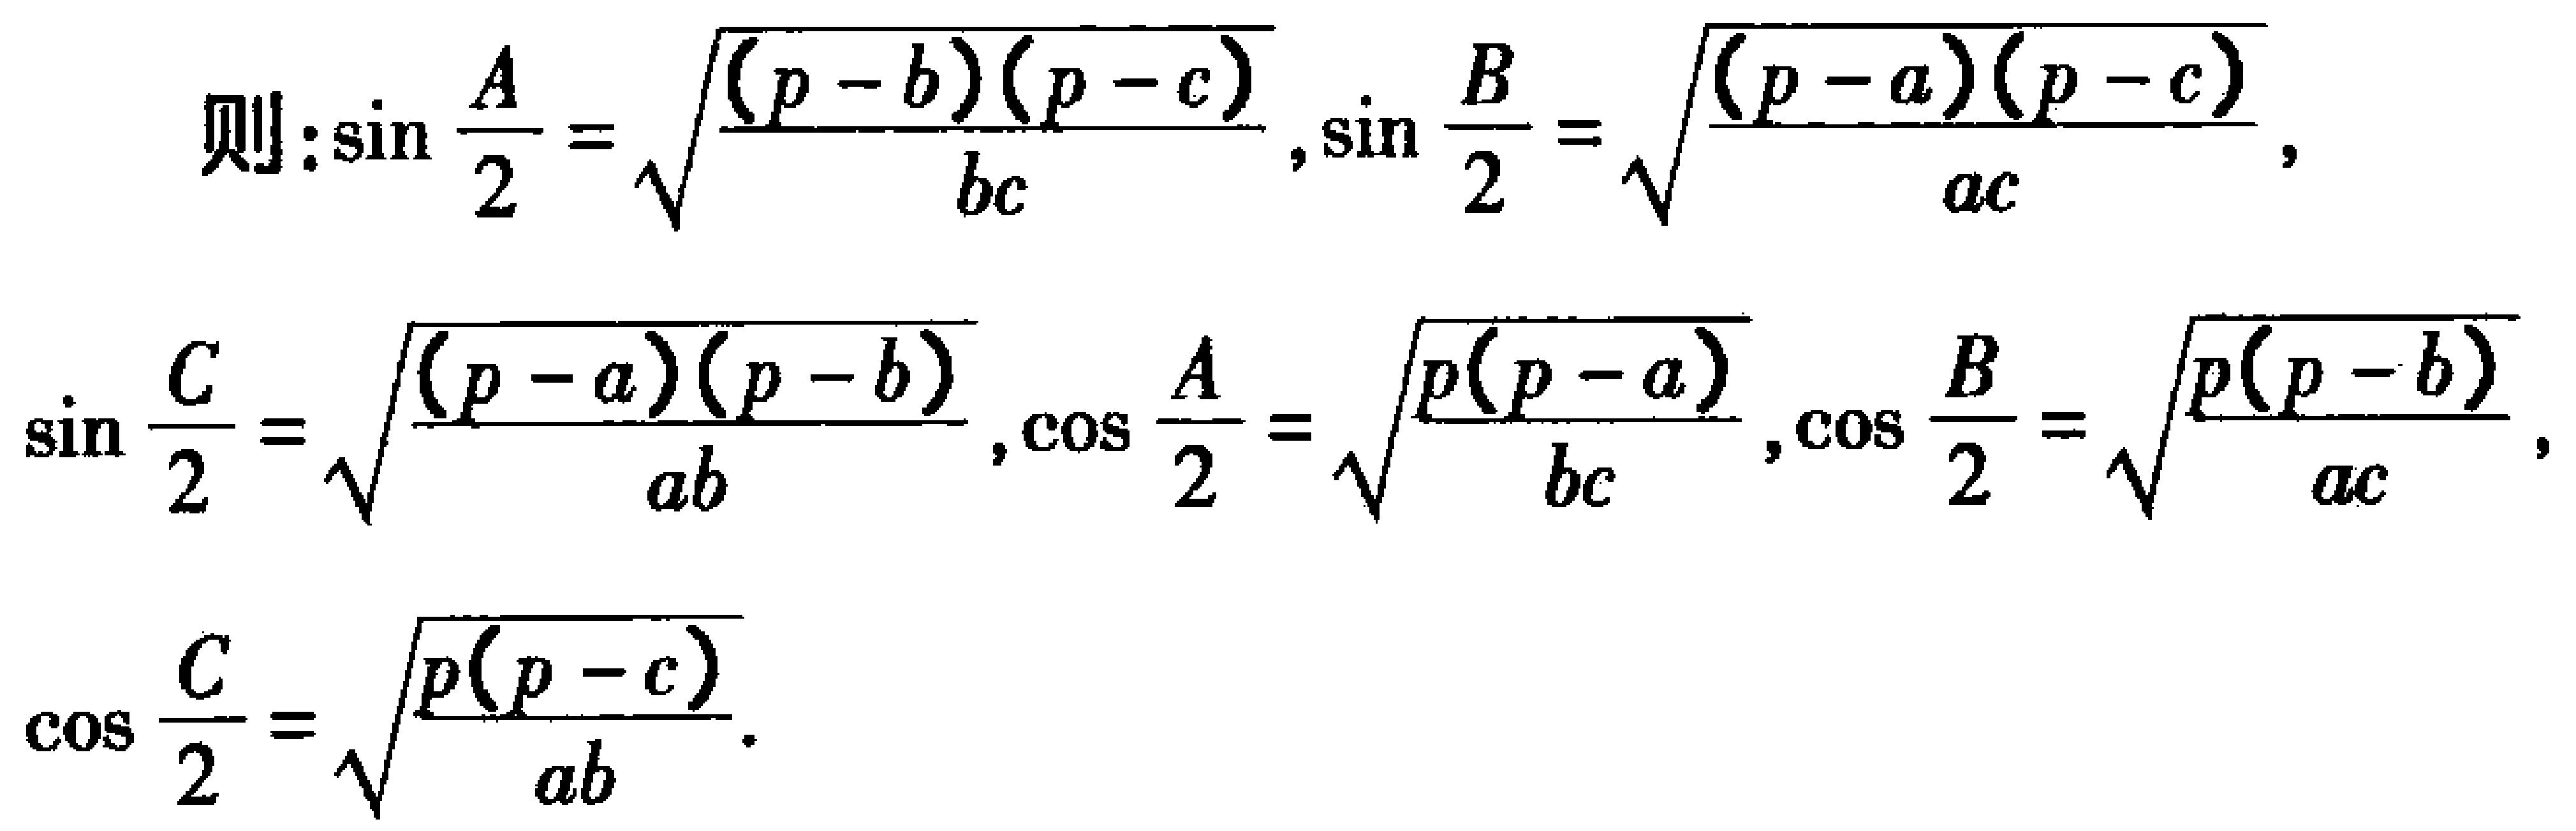
\[
\begin{align*}
\text{则}&:\sin\frac{A}{2}=\sqrt{\frac{(p - b)(p - c)}{bc}},\sin\frac{B}{2}=\sqrt{\frac{(p - a)(p - c)}{ac}},\\
\sin\frac{C}{2}&=\sqrt{\frac{(p - a)(p - b)}{ab}},\cos\frac{A}{2}=\sqrt{\frac{p(p - a)}{bc}},\cos\frac{B}{2}=\sqrt{\frac{p(p - b)}{ac}},\\
\cos\frac{C}{2}&=\sqrt{\frac{p(p - c)}{ab}}.
\end{align*}
\]